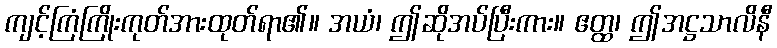
ကျင့်ကြံကြိုးကုတ်အားထုတ်ရာ၏။ အယံ၊ ဤဆိုအပ်ပြီးကား။ ဧတ္ထ၊ ဤအဋ္ဌသာလိနီ